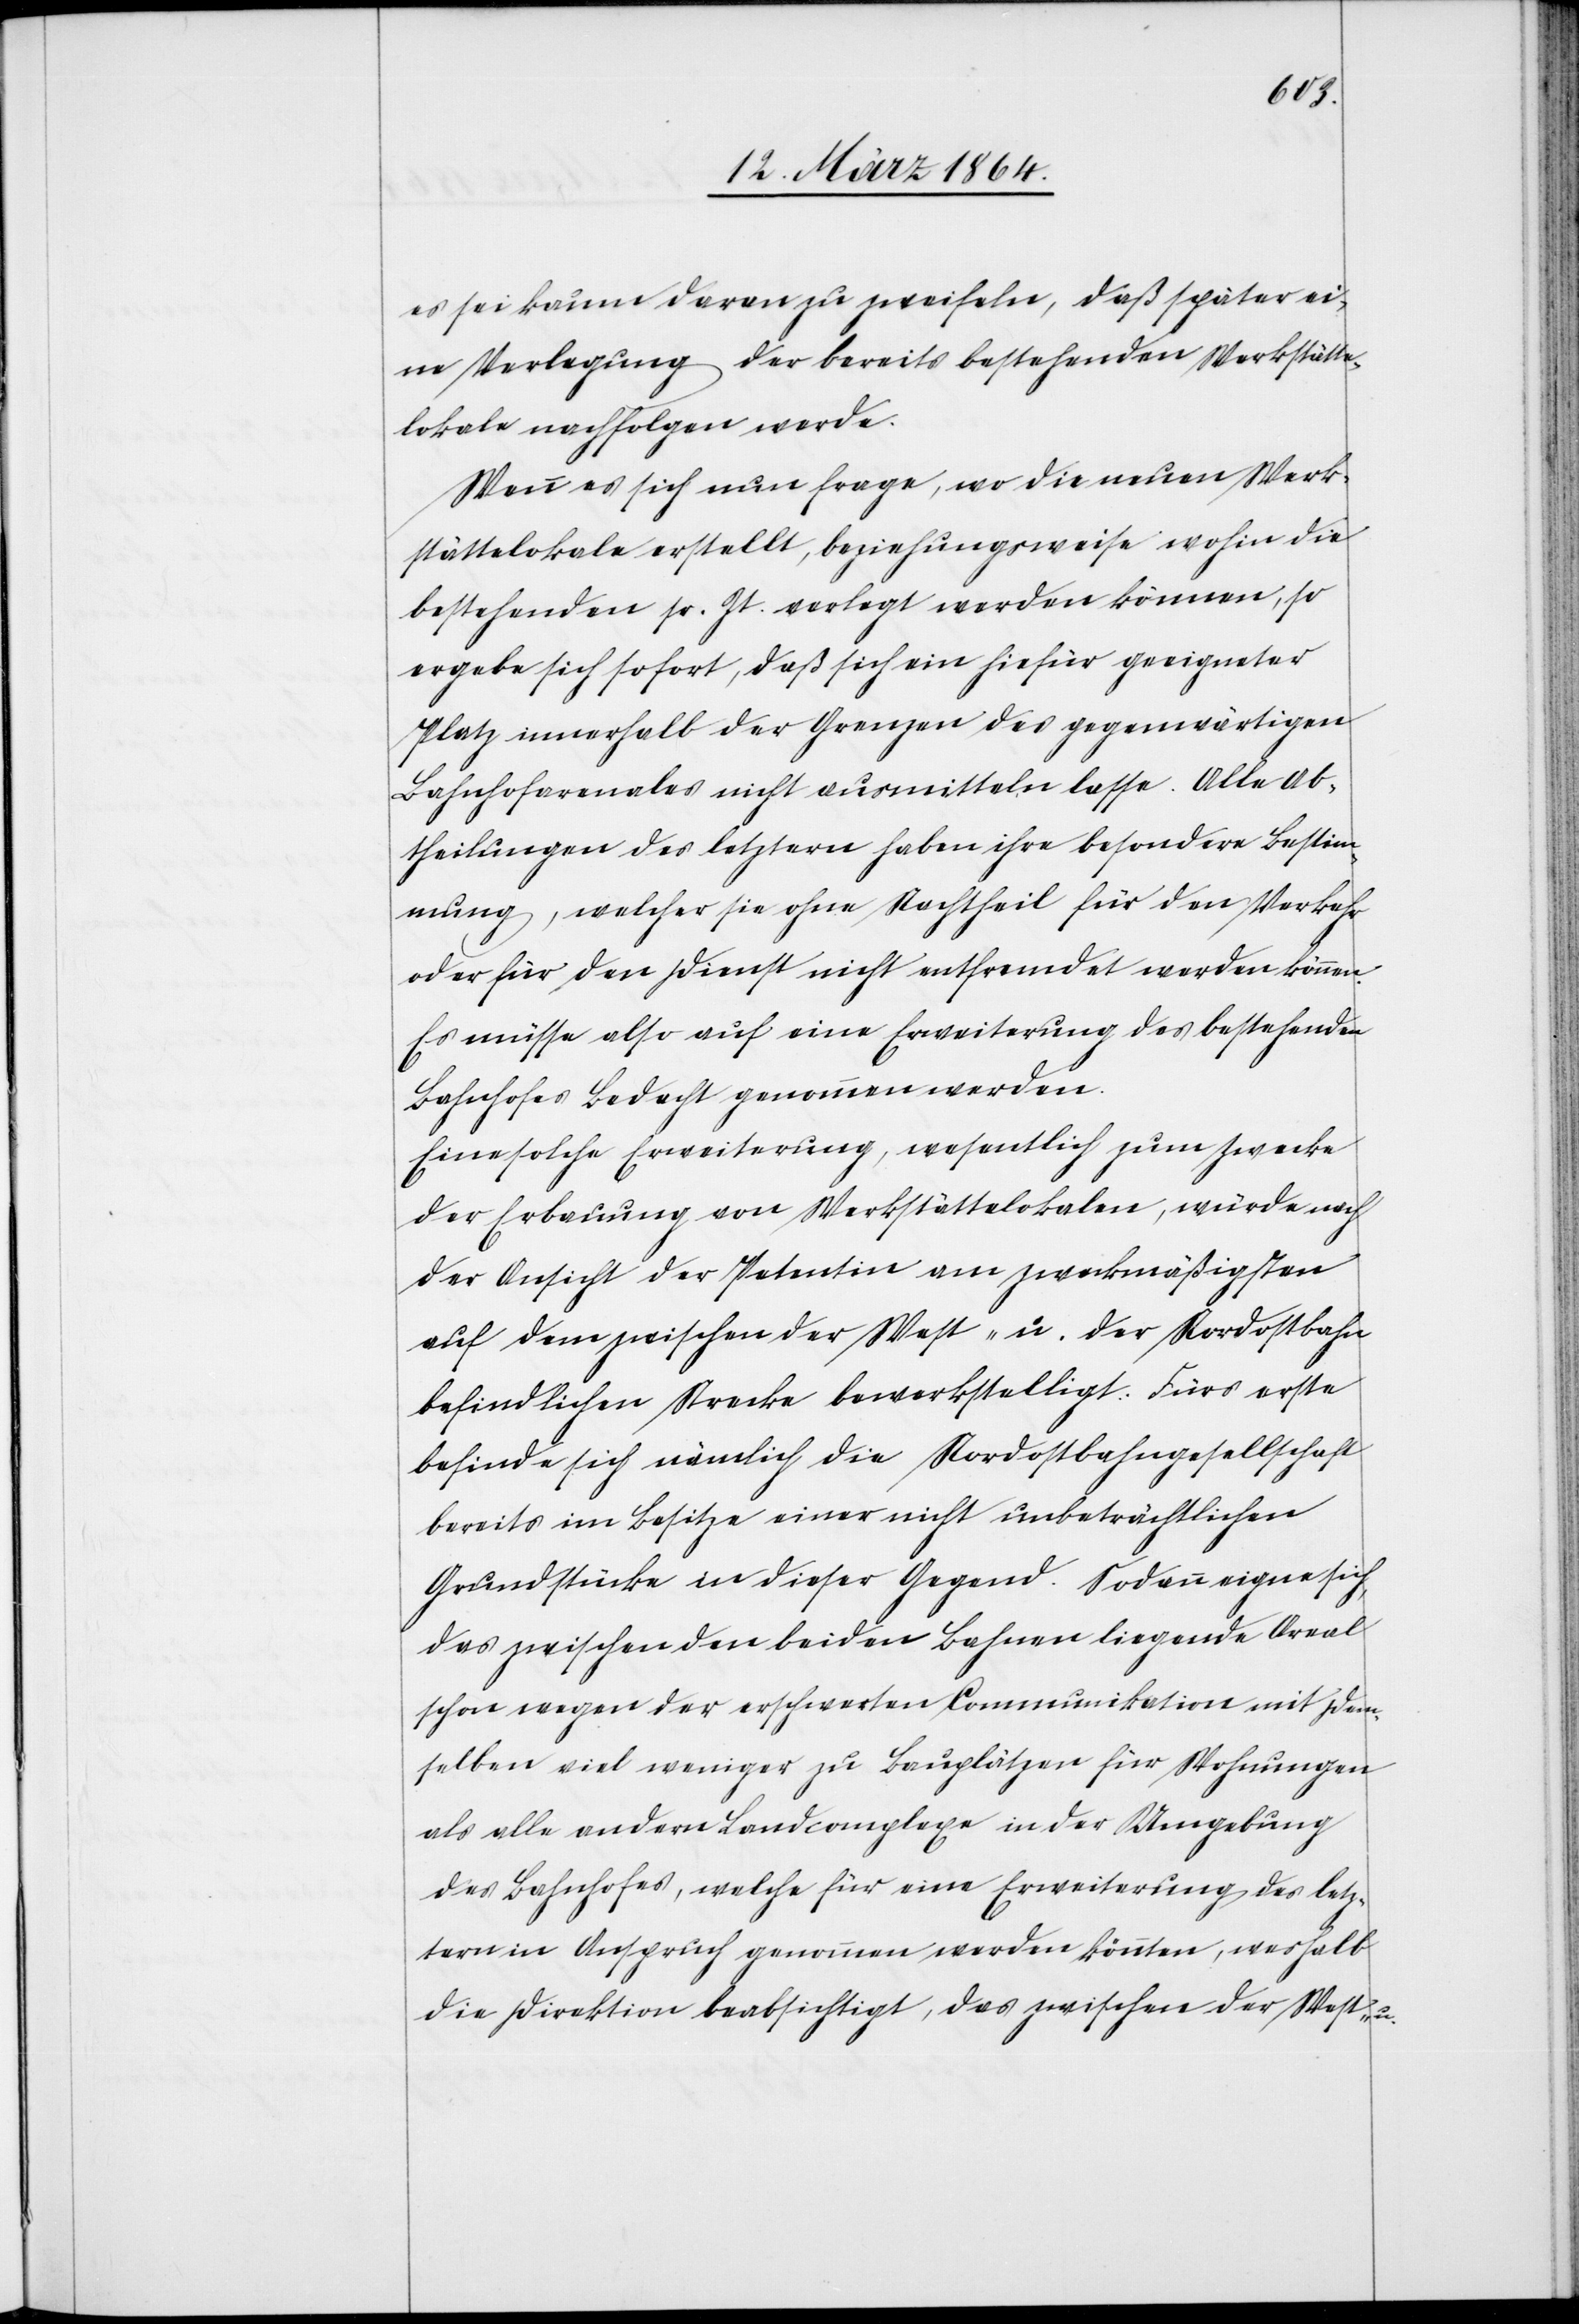
es sei kaum daran zu zweifeln, daß später ei¬
ne Verlegung der bereits bestehenden Werkstätte¬
lokale nachfolgen werde.
Wenn es sich nun frage, wo die neuen Werk¬
stättelokale erstellt, beziehungsweise wohin die
bestehenden sr. Zt. verlegt werden können, so
ergebe sich sofort, daß sich ein hiefür geeigneter
Platz innerhalb der Grenzen des gegenwärtigen
Bahnhofarenales [sic!] nicht ausmitteln lasse. Alle Ab¬
theilungen des letztern haben ihre besondere Bestim¬
mung, welcher sie ohne Nachtheil für den Verkehr
oder für den Dienst nicht entfremdet werden können.
Es müsse also auf eine Erweiterung des bestehenden
Bahnhofes Bedacht genommen werden.
Eine solche Erweiterung, wesentlich zum Zwecke
der Erbauung von Werkstättelokalen, würde nach
der Ansicht der Petentin am zweckmäßigsten
auf dem zwischen West- u. der Nordostbahn
befindlichen Strecke bewerkstelligt. Fürs erste
befinde sich nämlich die Nordostbahngesellschaft
bereits im Besitze einer nicht unbeträchtlichen
Grundstücke [sic!] in dieser Gegend. Sodann eigne sich
das zwischen den beiden Bahnen liegende Areal
schon wegen der erschwerten Communikation mit dem¬
selben viel weniger zu Bauplätzen für Wohnungen
als alle andern Landcomplexe in der Umgebung
des Bahnhofes, welche für eine Erweiterung des letz¬
tern in Anspruch genommen werden könnten, weshalb
die Direktion beabsichtigt, das zwischen der West- u.